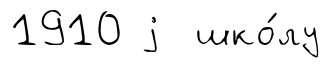
1910 j шко́лу